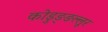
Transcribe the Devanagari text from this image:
कोडुङ्ङल्लूर